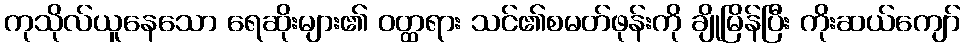
ကုသိုလ်ယူနေသော ရေဆိုးများ၏ ဝတ္ထရား သင်၏စမတ်ဖုန်းကို ချိုမြိန်ပြီး ကိုးဆယ်ကျော်